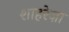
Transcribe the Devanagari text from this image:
शाहरेज़ा